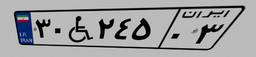
۶۰W۷۵۲۳۵